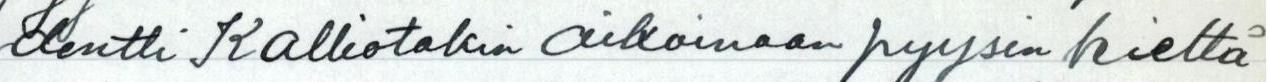
dentti Kalliotakin aikoinaan pyysin kieltä=